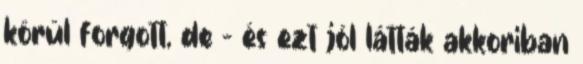
körül forgott, de – és ezt jól látták akkoriban